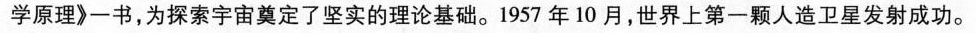
学原理》一书，为探索宇宙奠定了坚实的理论基础。1957年10月，世界上第一颗人造卫星发射成功。